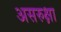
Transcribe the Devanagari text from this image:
असरुक्षा